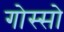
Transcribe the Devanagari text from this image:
गोस्सो